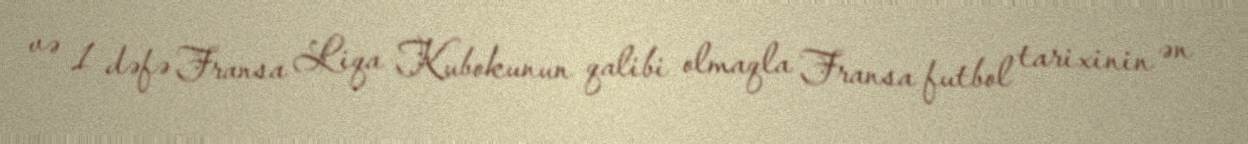
və 1 dəfə Fransa Liqa Kubokunun qalibi olmaqla Fransa futbol tarixinin ən